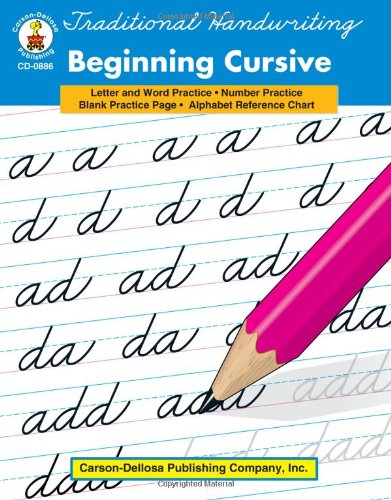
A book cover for Traditional Handwriting: Beginning Cursive, Grades 1 - 3; Education & Teaching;